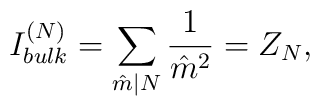
{I^{(N)}_{bulk}= \sum_{\hat{m}|N}{1\over {\hat{m}}^2} = Z_N,}